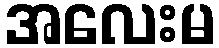
အလေးမ